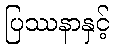
ပြဿနာနှင့်